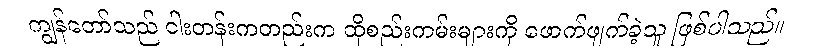
ကျွန်တော်သည် ငါးတန်းကတည်းက ထိုစည်းကမ်းများကို ဖောက်ဖျက်ခဲ့သူ ဖြစ်ပါသည်။